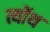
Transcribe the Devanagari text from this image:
त्योंथ